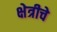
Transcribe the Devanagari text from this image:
क्षेत्रीचे